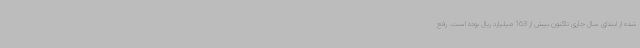
شده از ابتدای سال جاری تاکنون بیش از 163 میلیارد ریال بوده است. رفع